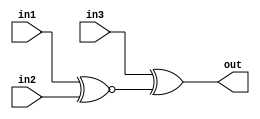
//2022/09/22 
//Two gates
module top_module (
    input in1,
    input in2,
    input in3,
    output out);

assign out = in3 ^(in1 ~^in2);

endmodule